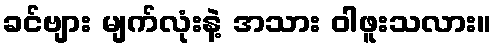
ခင်ဗျား မျက်လုံးနဲ့ အသား ဝါဖူးသလား။